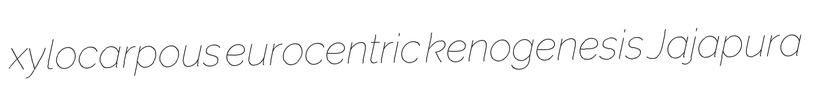
xylocarpous eurocentric kenogenesis Jajapura